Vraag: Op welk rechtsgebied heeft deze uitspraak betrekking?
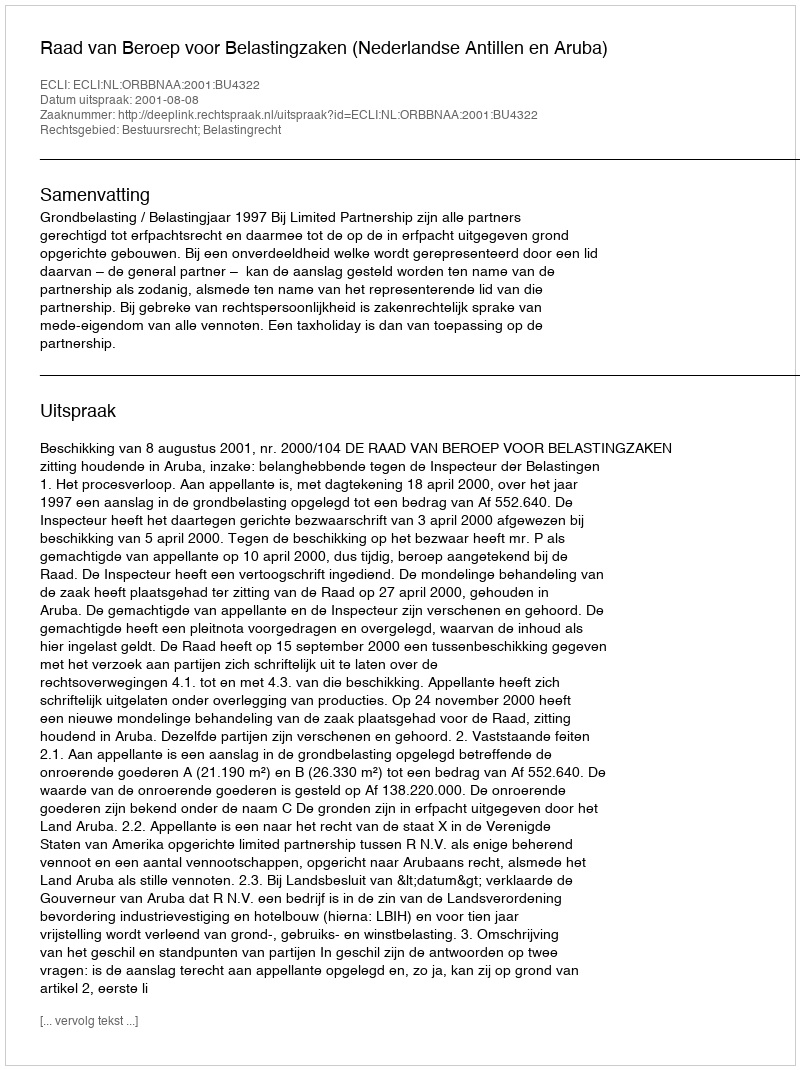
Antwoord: Bestuursrecht; Belastingrecht